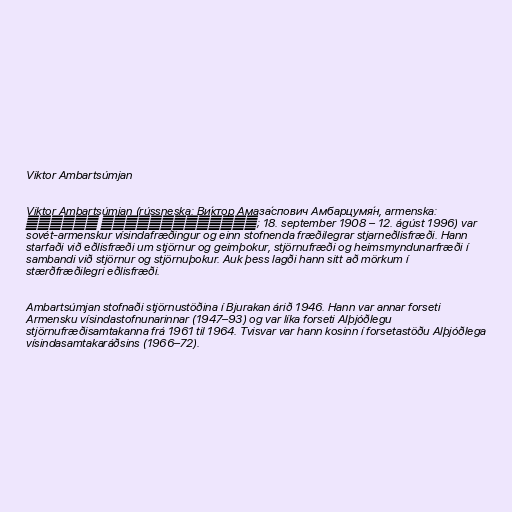
Viktor Ambartsúmjan

Viktor Ambartsúmjan (rússneska: Ви́ктор Амаза́спович Амбарцумя́н, armenska:
Վիկտոր Համբարձումյան; 18. september 1908 – 12. ágúst 1996) var
sovét-armenskur vísindafræðingur og einn stofnenda fræðilegrar stjarneðlisfræði. Hann
starfaði við eðlisfræði um stjörnur og geimþokur, stjörnufræði og heimsmyndunarfræði í
sambandi við stjörnur og stjörnuþokur. Auk þess lagði hann sitt að mörkum í
stærðfræðilegri eðlisfræði.

Ambartsúmjan stofnaði stjörnustöðina í Bjurakan árið 1946. Hann var annar forseti
Armensku vísindastofnunarinnar (1947–93) og var líka forseti Alþjóðlegu
stjörnufræðisamtakanna frá 1961 til 1964. Tvisvar var hann kosinn í forsetastöðu Alþjóðlega
vísindasamtakaráðsins (1966–72).